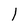
Character: l